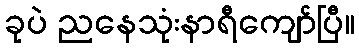
ခုပဲ ညနေသုံးနာရီကျော်ပြီ။